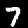
Digit: 7